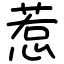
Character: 惹